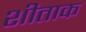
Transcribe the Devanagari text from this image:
शीताक